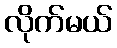
လိုက်မယ်